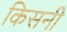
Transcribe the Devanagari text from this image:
किसनी